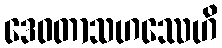
ဒေဝတာသဟဿေဟိ